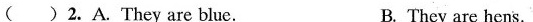
()2.A.They are blue. B. They are hens.